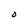
Character: O